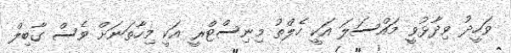
ވަހީދު ވިދާޅުވީ މައްސަލަ އަކީ ހެލްތު މިނިސްޓްރީ އަކީ މިހާތަނަށް ވެސް ގާބިލް